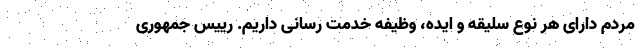
مردم دارای هر نوع سلیقه و ایده، وظیفه خدمت رسانی داریم. رییس جمهوری